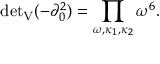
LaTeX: { \operatorname * { d e t } } _ { \mathrm { V } } ( - \partial _ { 0 } ^ { 2 } ) = \prod _ { \omega , \kappa _ { 1 } , \kappa _ { 2 } } \omega ^ { 6 } .